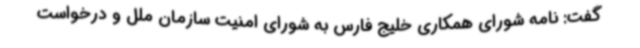
گفت: نامه شورای همکاری خلیج فارس به شورای امنیت سازمان ملل و درخواست